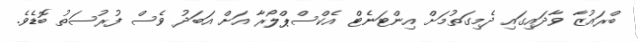
ބްރައުޒާ ވާދައިގައި ދެމިގަތުމަށް އިންޓަނެޓް އެކްސްޕްލޯރާ އަށް އަބަދު ވެސް ފުރުސަތު ބޮޑެވެ.